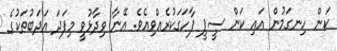
ކަން ހިނގަމުން އައި ކަން ސީޕީ ފާހަގަކުރެއްވިއެވެ. އޭނާ ވިދާޅުވީ މިފަދަ އަދަބުތަކުގެ